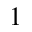
^ { 1 }